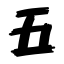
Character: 五